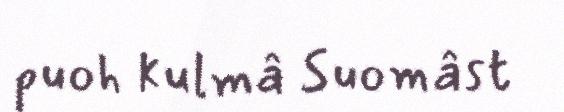
puoh kulmâ Suomâst